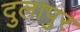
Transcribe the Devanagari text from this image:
दुलापुर